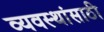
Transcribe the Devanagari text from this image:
व्यवस्थांसाठी